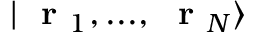
| \mathrm { ~ \bf ~ r ~ } _ { 1 } , . . . , \mathrm { ~ \bf ~ r ~ } _ { N } \rangle